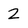
Character: 2